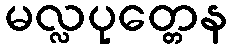
မလ္လပုတ္တေန